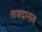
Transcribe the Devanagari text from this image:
तावदानात